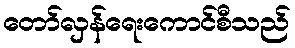
တော်လှန်ရေးကောင်စီသည်